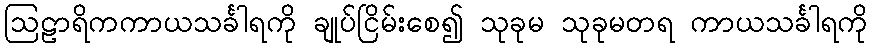
ဩဠာရိကကာယသင်္ခါရကို ချုပ်ငြိမ်းစေ၍ သုခုမ သုခုမတရ ကာယသင်္ခါရကို